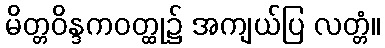
မိတ္တဝိန္ဒကဝတ္ထု၌ အကျယ်ပြ လတ္တံ။